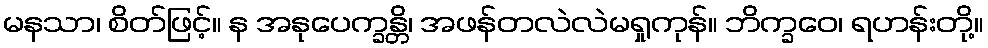
မနသာ၊ စိတ်ဖြင့်။ န အနုပေက္ခန္တိ၊ အဖန်တလဲလဲမရှုကုန်။ ဘိက္ခဝေ၊ ရဟန်းတို့။